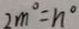
2 m ^ { \circ } = n ^ { \circ }